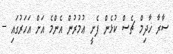
ސާރާ ޚާދިމް ޗެސް ކުޅެން ފެށީ ޢުމުރުން އެންމެ އަށް އަހަރުގައި --